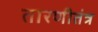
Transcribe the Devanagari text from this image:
तारणीतंत्र